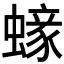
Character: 𧏹